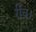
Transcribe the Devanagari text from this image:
रीच।